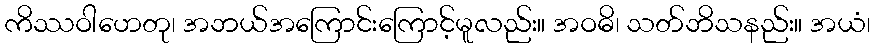
ကိဿဝါဟေတု၊ အဘယ်အကြောင်းကြောင့်မူလည်း။ အဝဓိ၊ သတ်ဘိသနည်း။ အယံ၊